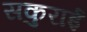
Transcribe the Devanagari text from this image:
सकुराई